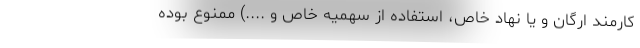
کارمند ارگان و یا نهاد خاص، استفاده از سهمیه خاص و ....) ممنوع بوده